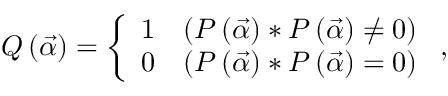
Q \left( \vec { \alpha } \right) = \left\lbrace \begin{array} { l l } { 1 } & { \left( P \left( \vec { \alpha } \right) \ast P \left( \vec { \alpha } \right) \neq 0 \right) } \\ { 0 } & { ( P \left( \vec { \alpha } \right) \ast P \left( \vec { \alpha } \right) = 0 ) } \end{array} \right. ,